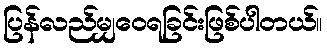
ပြန်လည်မျှဝေရခြင်းဖြစ်ပါတယ်။